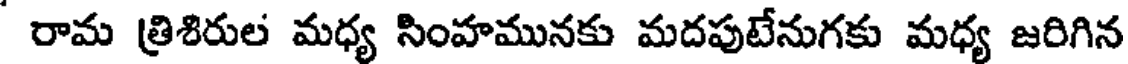
రామ త్రిశిరుల మధ్య సింహమునకు మదపుటేనుగకు మధ్య జరిగిన